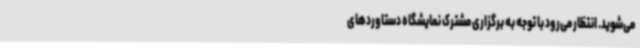
می‌شوید. انتظار می‌رود با توجه به برگزاری مشترک نمایشگاه دستاوردهای